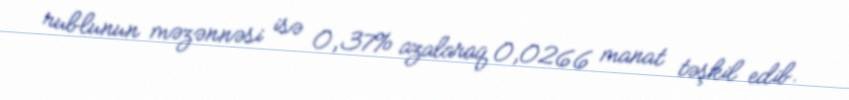
rublunun məzənnəsi isə 0,37% azalaraq 0,0266 manat təşkil edib.